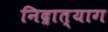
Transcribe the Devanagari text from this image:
निद्रात्याग